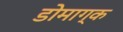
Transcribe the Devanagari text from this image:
डोमाग्क